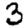
Digit: 3